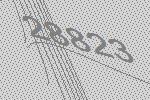
28823